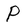
Character: P